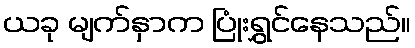
ယခု မျက်နှာက ပြုံးရွှင်နေသည်။